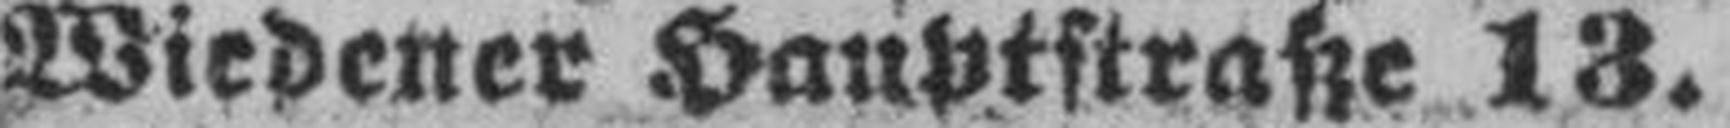
Wiedener Hauptstraße 13.